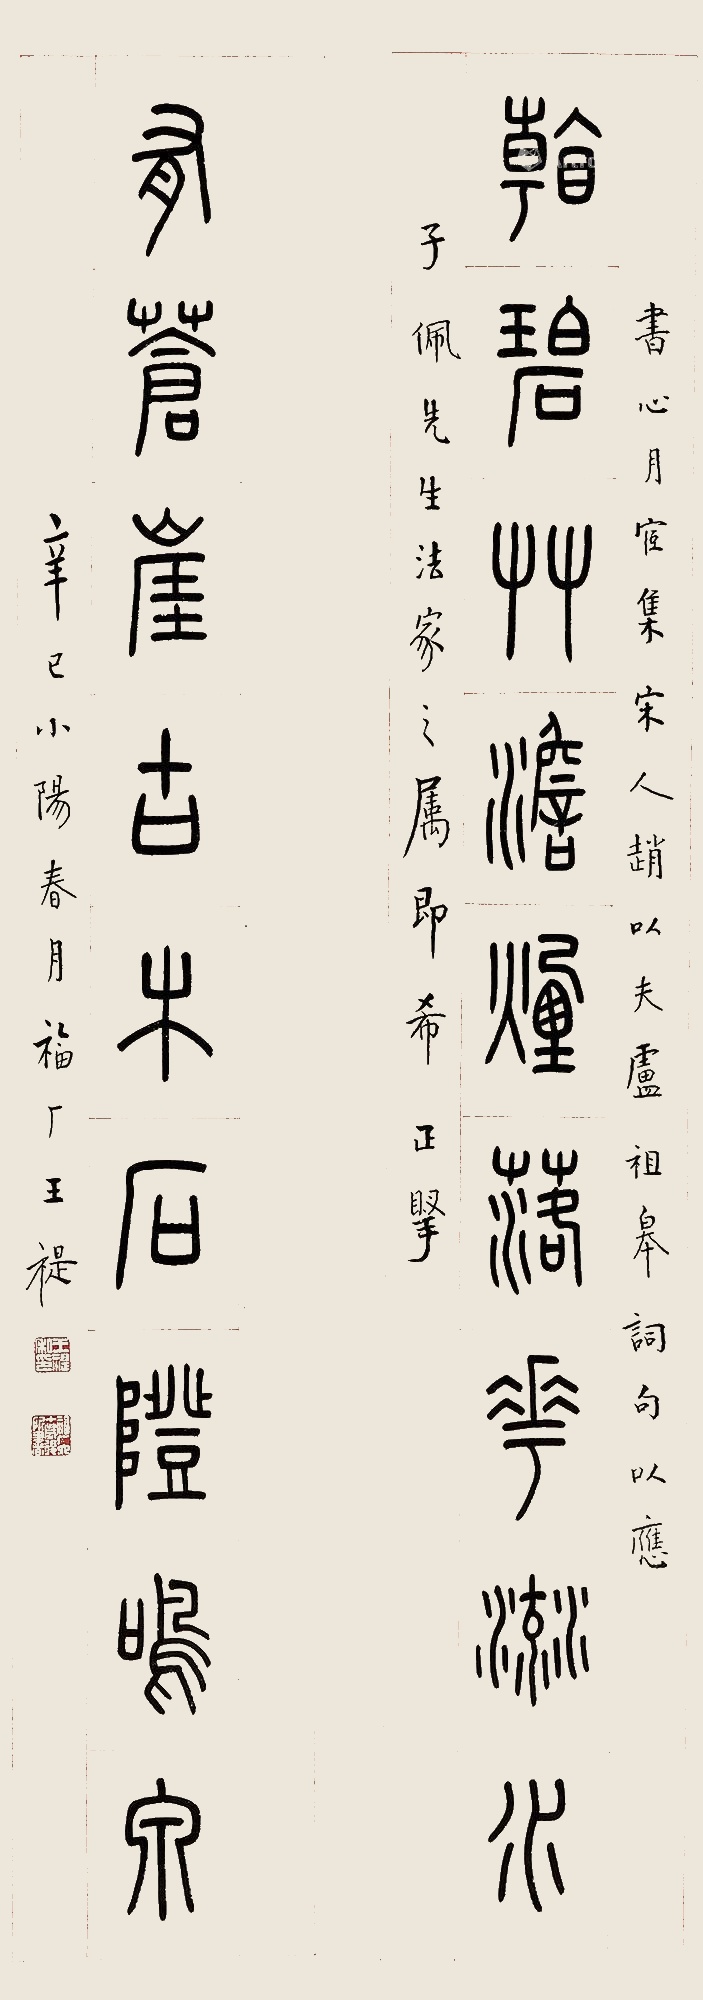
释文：看碧草淡烟落花流水，有苍崖古木石隥鸣泉。书心月宧集宋人赵以夫、庐祖高词句，以应子佩先生法家之属即希正腕。辛巳（1941年）小阳春月福厂王褆。